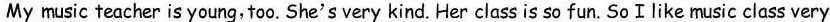
My music teacher is young, too. She's very kind. Her class is so fun. So I like music class very